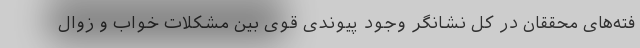
فته‌های محققان در کل نشانگر وجود پیوندی قوی بین مشکلات خواب و زوال